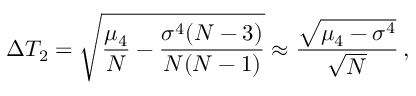
\Delta T _ { 2 } = \sqrt { \frac { \mu _ { 4 } } { N } - \frac { \sigma ^ { 4 } ( N - 3 ) } { N ( N - 1 ) } } \approx \frac { \sqrt { \mu _ { 4 } - \sigma ^ { 4 } } } { \sqrt { N } } \, ,